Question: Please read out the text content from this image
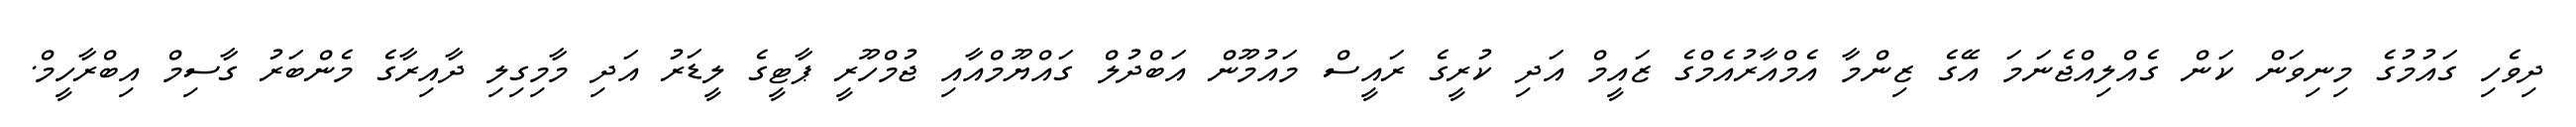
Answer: ދިވެހި ގައުމުގެ މިނިވަން ކަން ގެއްލިއްޖެނަމަ އޭގެ ޒިންމާ އެމްއާރުއެމްގެ ޒައީމް އަދި ކުރީގެ ރައީސް މައުމޫން އަބްދުލް ގައްޔޫމްއާއި ޖުމްހޫރީ ޕާޓީގެ ލީޑަރު އަދި މާމިގިލި ދާއިރާގެ މެންބަރު ގާސިމް އިބްރާހީމް.